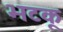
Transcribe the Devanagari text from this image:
भटकू